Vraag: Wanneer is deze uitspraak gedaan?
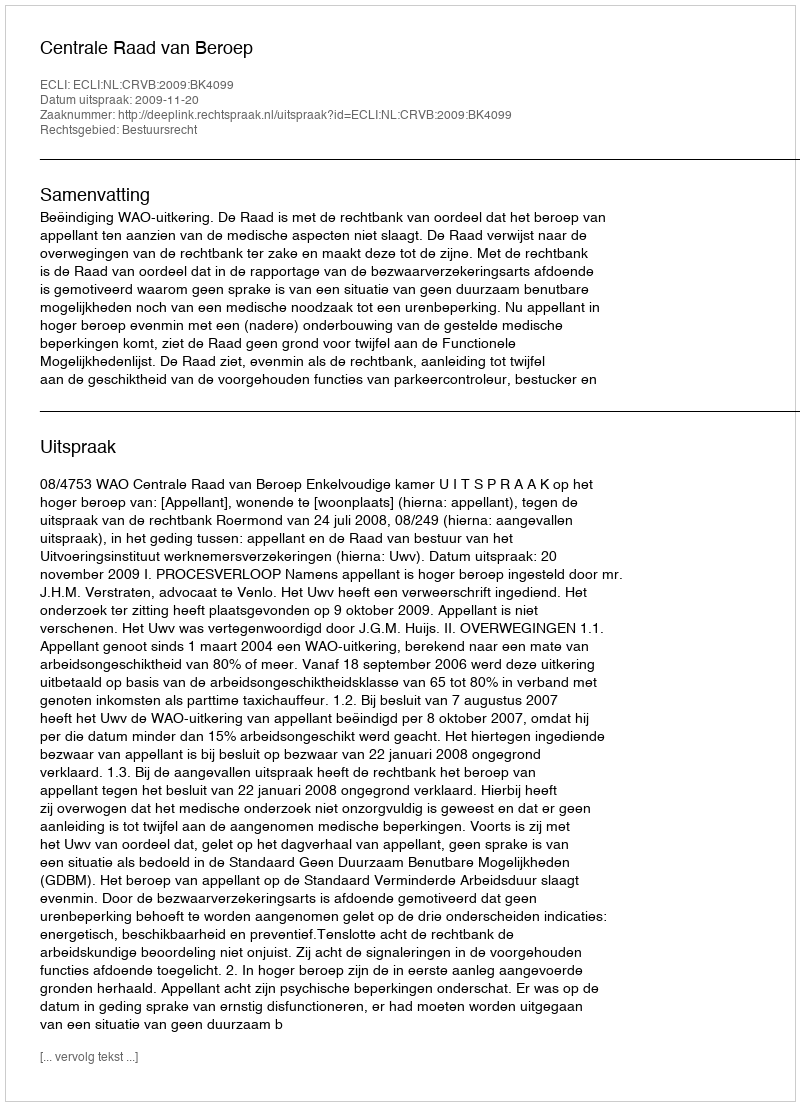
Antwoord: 2009-11-20